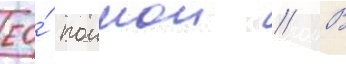
ео́ поимои // В